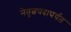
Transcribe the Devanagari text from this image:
नेतृत्वपदापर्यंत